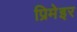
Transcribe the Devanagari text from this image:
प्रिमेइर